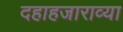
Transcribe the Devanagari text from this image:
दहाहजाराव्या